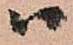
ハ